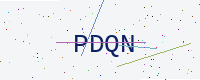
Text: PDQN